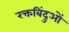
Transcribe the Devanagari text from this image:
रक्तबिंदुओं